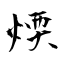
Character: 煗